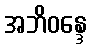
အဘိဝန္ဒေ